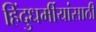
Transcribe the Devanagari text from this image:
हिंदुधर्मीयांसाठी